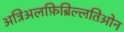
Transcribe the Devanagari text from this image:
अत्रिअलफ़िब्रिल्लतिओन